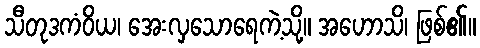
သီတုဒကံဝိယ၊ အေးလှသောရေကဲ့သို့။ အဟောသိ၊ ဖြစ်၏။